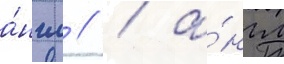
а́нгл // / а́нгл